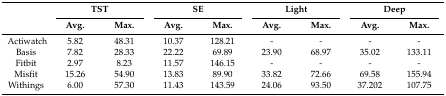
<table><thead><tr><td></td><td colspan="2"><b>TST</b></td><td colspan="2"><b>SE</b></td><td colspan="2"><b>Light</b></td><td colspan="2"><b>Deep</b></td></tr><tr><td></td><td><b>Avg.</b></td><td><b>Max.</b></td><td><b>Avg.</b></td><td><b>Max.</b></td><td><b>Avg.</b></td><td><b>Max.</b></td><td><b>Avg.</b></td><td><b>Max.</b></td></tr></thead><tbody><tr><td>Actiwatch</td><td>5.82</td><td>48.31</td><td>10.37</td><td>128.21</td><td>-</td><td>-</td><td>-</td><td>-</td></tr><tr><td>Basis</td><td>7.82</td><td>28.33</td><td>22.22</td><td>69.89</td><td>23.90</td><td>68.97</td><td>35.02</td><td>133.11</td></tr><tr><td>Fitbit</td><td>2.97</td><td>8.23</td><td>11.57</td><td>146.15</td><td>-</td><td>-</td><td>-</td><td>-</td></tr><tr><td>Misfit</td><td>15.26</td><td>54.90</td><td>13.83</td><td>89.90</td><td>33.82</td><td>72.66</td><td>69.58</td><td>155.94</td></tr><tr><td>Withings</td><td>6.00</td><td>57.30</td><td>11.43</td><td>143.59</td><td>24.06</td><td>93.50</td><td>37.202</td><td>107.75</td></tr></tbody></table>